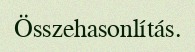
Összehasonlítás.